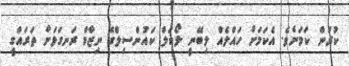
ކުރަން ކަމަށެވެ. އެކަމަށް ހައްލެއް ލިބޭނީ ލޯކަލް ކައުންސިލްގެ ނިޒާމް ރަނގަޅަށް ތަރައްގީ